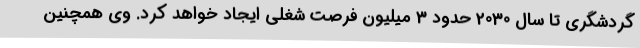
گردشگری تا سال 2030 حدود 3 میلیون فرصت شغلی ایجاد خواهد کرد. وی همچنین